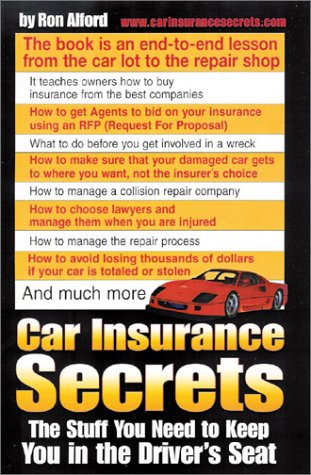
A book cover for Car Insurance Secrets; Ron Alford; Engineering & Transportation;